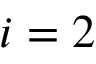
i = 2